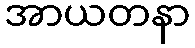
အာယတနာ